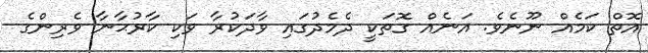
އޮތް ކަމެއް ނޫނެވެ. އަނެއް ގޮތަކީ ދެމެދުގައި ވާދަކުރާ ވަކި ކާރުޙާނާ ވެރިންގެ